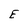
Character: E